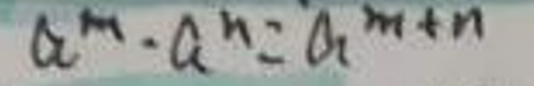
\[
a^{m}\cdot a^{n}=a^{m + n}
\]